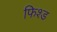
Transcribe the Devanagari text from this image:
फिश्ड